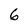
Character: 6